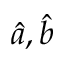
{ \hat { a } } , { \hat { b } }